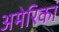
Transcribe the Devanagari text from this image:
अमेरिकां